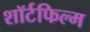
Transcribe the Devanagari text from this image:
शॉर्टफिल्म